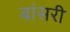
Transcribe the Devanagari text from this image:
बांसरी